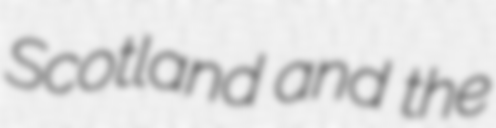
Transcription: Scotland and the